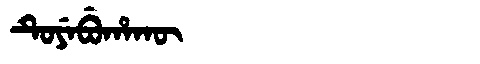
Manchu: ᡨᡠᠶᡝᠪᡠᡥᠠᡴᡡ
Romanization: TUYEBUHAKŪ